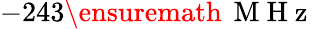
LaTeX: -243\ensuremath{\, \mathrm{~M~H~z~}}